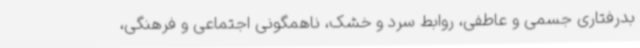
بدرفتاری جسمی و عاطفی، روابط سرد و خشک، ناهمگونی اجتماعی و فرهنگی،